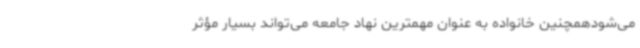
می‌شودهمچنین خانواده به عنوان مهمترین نهاد جامعه می‌تواند بسیار مؤثر